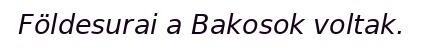
Földesurai a Bakosok voltak.